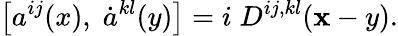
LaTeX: \left[a^{ij}(x),\; \dot{a}^{kl}(y)\right]=i\; D^{ij,kl}({\mathbf x-y}).